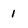
Character: 1